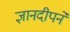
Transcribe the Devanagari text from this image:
ज्ञानदीपने